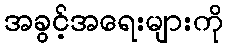
အခွင့်အရေးများကို